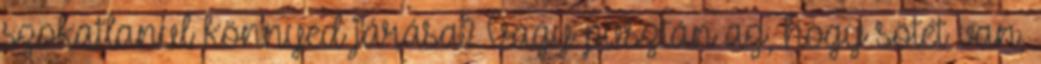
szokatlanul könnyed járása? Vagy pusztán az, hogy sötét van,